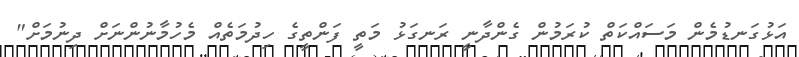
އަޅުގަނޑުމެން މަސައްކަތް ކުރަމުން ގެންދާނީ ރަނގަޅު މަތީ ފަންތީގެ ހިދުމަތެއް މެހުމާނުންނަށް ދިނުމަށް"